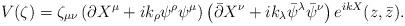
LaTeX: \begin{align*} V(\zeta)= \zeta_{\mu\nu}\left(\partial X^\mu+ik_\rho\psi^\rho\psi^\mu\right)\left(\bar{\partial} X^\nu+ik_\lambda\bar{\psi}^\lambda\bar{\psi}^\nu\right)e^{ikX}(z,\bar{z}).\end{align*}